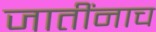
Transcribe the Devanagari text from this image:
जातींनाच